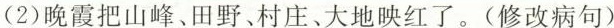
(2)晚霞把山峰、田野、村庄、大地映红了。(修改病句)